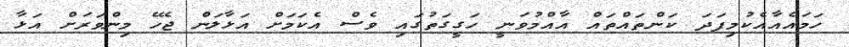
ހަމައެއާއެކުމިފަދަ ކަންތައްތައް އާއްމުވަނީ ހަގީގަތުގައި ވެސް އެކަމަށް އަޅާލަން ޖެހޭ މިންވަރަށް އަޅާ